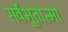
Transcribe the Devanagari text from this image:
सर्वभूतात्मा